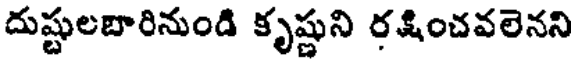
దుష్టులబారినుండి కృష్ణుని రక్షించవలెనని